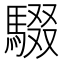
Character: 䮕